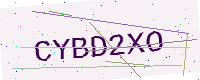
Text: CYBD2XO